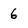
Character: 6